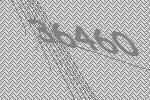
36460